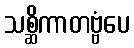
သစ္ဆိကာတဗ္ဗံပေ